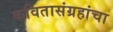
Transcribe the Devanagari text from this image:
कवितासंग्रहांचा